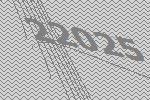
22025